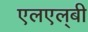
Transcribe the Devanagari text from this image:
एलएल्‌बी